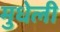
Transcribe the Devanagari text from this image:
मुधेली